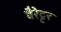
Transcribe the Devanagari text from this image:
बैरेट्टर